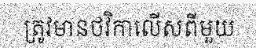
ត្រូវមានថវិកាលើសពីមួយ